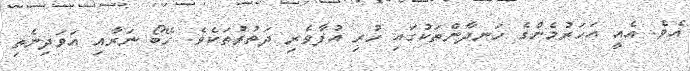
އެވެ. އެއީ އަހަރުމެންގެ ހަނދާންތަކުގައި ހުރި އުފާވެރި ދަތުރުތަކެވެ. ހޭބޯ ނަރާއި އަވަދިނެތި